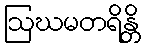
ဩဃမတရိန္တိ